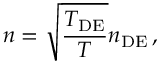
n = \sqrt { \frac { T _ { \mathrm { D E } } } { T } } n _ { \mathrm { D E } } \, ,